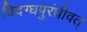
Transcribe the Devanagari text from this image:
विदग्धपुरंध्रीवत्